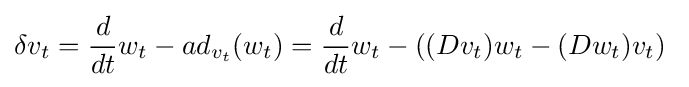
\delta v_{t}={\frac {d}{dt}}w_{t}-ad_{v_{t}}(w_{t})={\frac {d}{dt}}w_{t}-((Dv_{t})w_{t}-(Dw_{t})v_{t})\